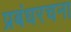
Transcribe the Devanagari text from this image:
प्रबंधरचना